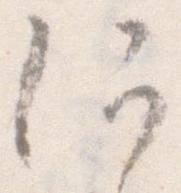
何